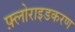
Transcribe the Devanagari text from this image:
फ़्लोराइडकरण